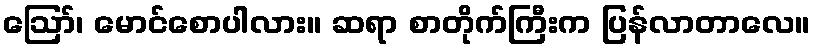
ဪ၊ မောင်စောပါလား။ ဆရာ စာတိုက်ကြီးက ပြန်လာတာလေ။